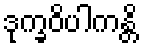
ဒုက္ခဝိပါကန္တိ